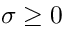
\sigma \ge 0